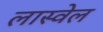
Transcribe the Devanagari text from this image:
लास्वेल